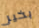
بخير